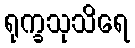
ရုက္ခသုသိရေ